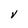
Character: V